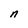
Character: n